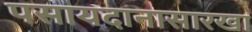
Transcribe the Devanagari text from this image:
पसायदानासारखा